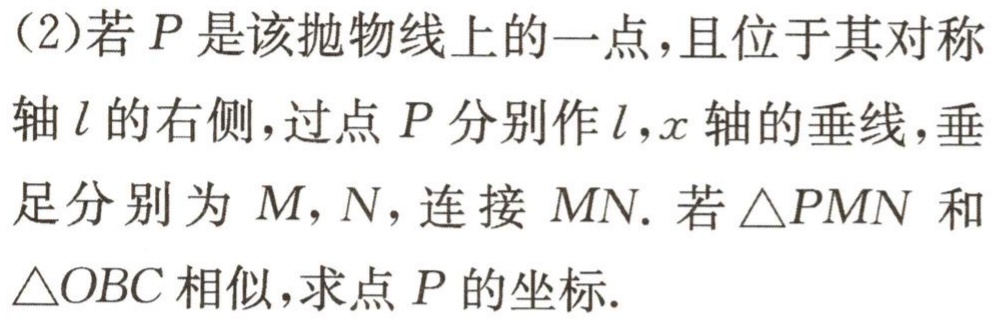
(2)若\(P\)是该抛物线上的一点，且位于其对称轴\(l\)的右侧，过点\(P\)分别作\(l,x\)轴的垂线，垂足分别为\(M,N\)，连接\(MN\). 若\(\triangle PMN\)和\(\triangle OBC\)相似，求点\(P\)的坐标.